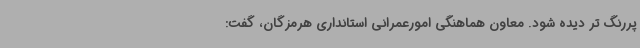
پررنگ تر دیده شود. معاون هماهنگی امورعمرانی استانداری هرمزگان، گفت: